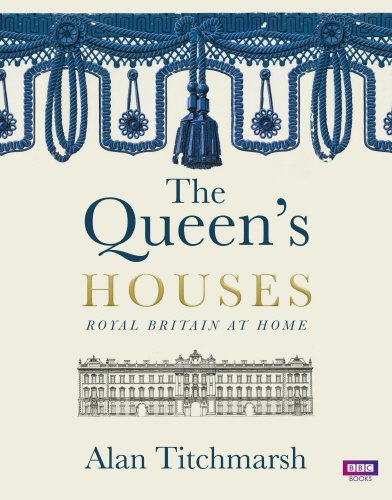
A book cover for The Queen's Houses; Alan Titchmarsh; Biographies & Memoirs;